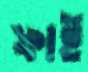
ফাই